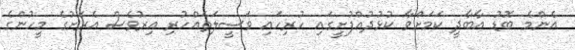
އެންމެ ބޮޑު އާބާދީ ކަމަށްވާ ކުޅުދުއްފުށީގައި ހުރިހައި ވަސީލަތެއްހުރި އިރުވެސް އެރަށުގެ މީހުންގެ